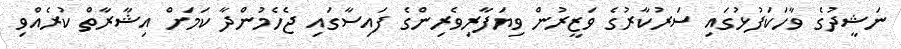
ނަޝީދުގެ ވާހަކަފުޅުގައި ސަރުކާރުގެ ވަޒީރުން ވިޔަފާރިވެރިންގެ ފައިސާގައި ޖެހެމުންދާ ކަމަށް އިޝާރާތް ކުރެއްވި